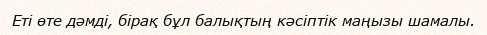
Еті өте дәмді, бірақ бұл балықтың кәсіптік маңызы шамалы.